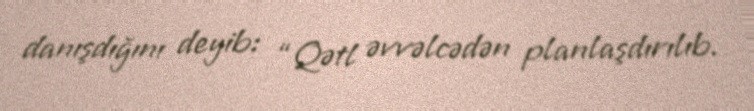
danışdığını deyib: “Qətl əvvəlcədən planlaşdırılıb.